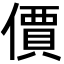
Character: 價